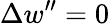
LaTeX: \Delta w^{\prime\prime}=0